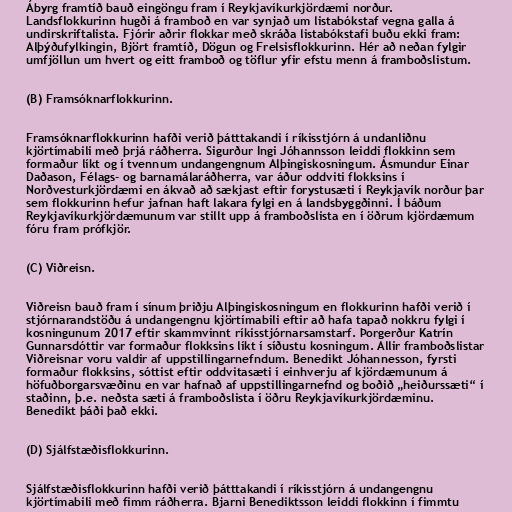
Ábyrg framtíð bauð eingöngu fram í Reykjavíkurkjördæmi norður.
Landsflokkurinn hugði á framboð en var synjað um listabókstaf vegna galla á
undirskriftalista. Fjórir aðrir flokkar með skráða listabókstafi buðu ekki fram:
Alþýðufylkingin, Björt framtíð, Dögun og Frelsisflokkurinn. Hér að neðan fylgir
umfjöllun um hvert og eitt framboð og töflur yfir efstu menn á framboðslistum.

(B) Framsóknarflokkurinn.

Framsóknarflokkurinn hafði verið þátttakandi í ríkisstjórn á undanliðnu
kjörtímabili með þrjá ráðherra. Sigurður Ingi Jóhannsson leiddi flokkinn sem
formaður líkt og í tvennum undangengnum Alþingiskosningum. Ásmundur Einar
Daðason, Félags- og barnamálaráðherra, var áður oddviti flokksins í
Norðvesturkjördæmi en ákvað að sækjast eftir forystusæti í Reykjavík norður þar
sem flokkurinn hefur jafnan haft lakara fylgi en á landsbyggðinni. Í báðum
Reykjavíkurkjördæmunum var stillt upp á framboðslista en í öðrum kjördæmum
fóru fram prófkjör.

(C) Viðreisn.

Viðreisn bauð fram í sínum þriðju Alþingiskosningum en flokkurinn hafði verið í
stjórnarandstöðu á undangengnu kjörtímabili eftir að hafa tapað nokkru fylgi í
kosningunum 2017 eftir skammvinnt ríkisstjórnarsamstarf. Þorgerður Katrín
Gunnarsdóttir var formaður flokksins líkt í síðustu kosningum. Allir framboðslistar
Viðreisnar voru valdir af uppstillingarnefndum. Benedikt Jóhannesson, fyrsti
formaður flokksins, sóttist eftir oddvitasæti í einhverju af kjördæmunum á
höfuðborgarsvæðinu en var hafnað af uppstillingarnefnd og boðið „heiðurssæti“ í
staðinn, þ.e. neðsta sæti á framboðslista í öðru Reykjavíkurkjördæminu.
Benedikt þáði það ekki.

(D) Sjálfstæðisflokkurinn.

Sjálfstæðisflokkurinn hafði verið þátttakandi í ríkisstjórn á undangengnu
kjörtímabili með fimm ráðherra. Bjarni Benediktsson leiddi flokkinn í fimmtu